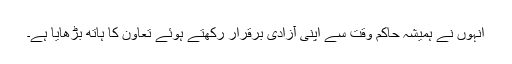
انہوں نے ہمیشہ حاکم وقت سے اپنی آزادی برقرار رکھتے ہوئے تعاون کا ہاتھ بڑھایا ہے۔